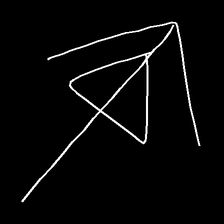
Glyph: pull